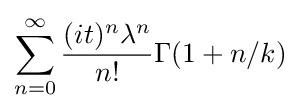
\sum _{n=0}^{\infty }{\frac {(it)^{n}\lambda ^{n}}{n!}}\Gamma (1+n/k)